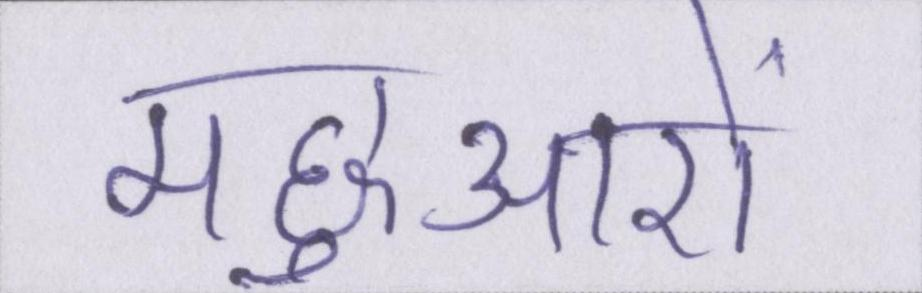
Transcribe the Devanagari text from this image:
मछुआरों